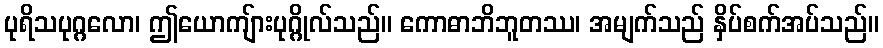
ပုရိသပုဂ္ဂလော၊ ဤယောကျ်ားပုဂ္ဂိုလ်သည်။ ကောဓာဘိဘူတဿ၊ အမျက်သည် နှိပ်စက်အပ်သည်။